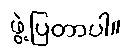
ဖွဲ့ပြတာပါ။